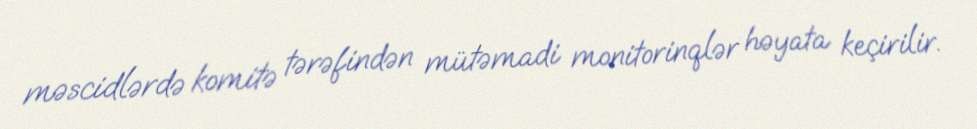
məscidlərdə komitə tərəfindən mütəmadi monitorinqlər həyata keçirilir.